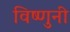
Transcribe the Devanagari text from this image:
विष्णुनी